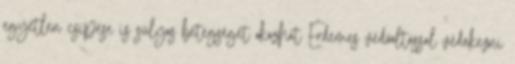
egyetlen csípése is súlyos betegséget okozhat Érdemes védőoltással védekezni